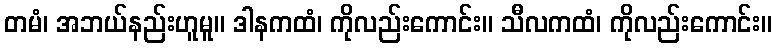
တမံ၊ အဘယ်နည်းဟူမူ။ ဒါနကထံ၊ ကိုလည်းကောင်း။ သီလကထံ၊ ကိုလည်းကောင်း။